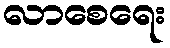
လာစေရေး